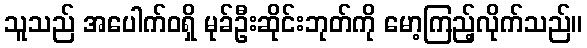
သူသည် အပေါက်ဝရှိ မုခ်ဦးဆိုင်းဘုတ်ကို မော့ကြည့်လိုက်သည်။